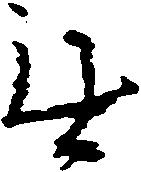
無